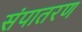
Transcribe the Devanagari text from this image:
संपातरण